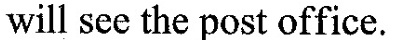
will see the post office.